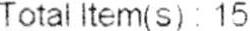
TOTAL ITEM(S): 15